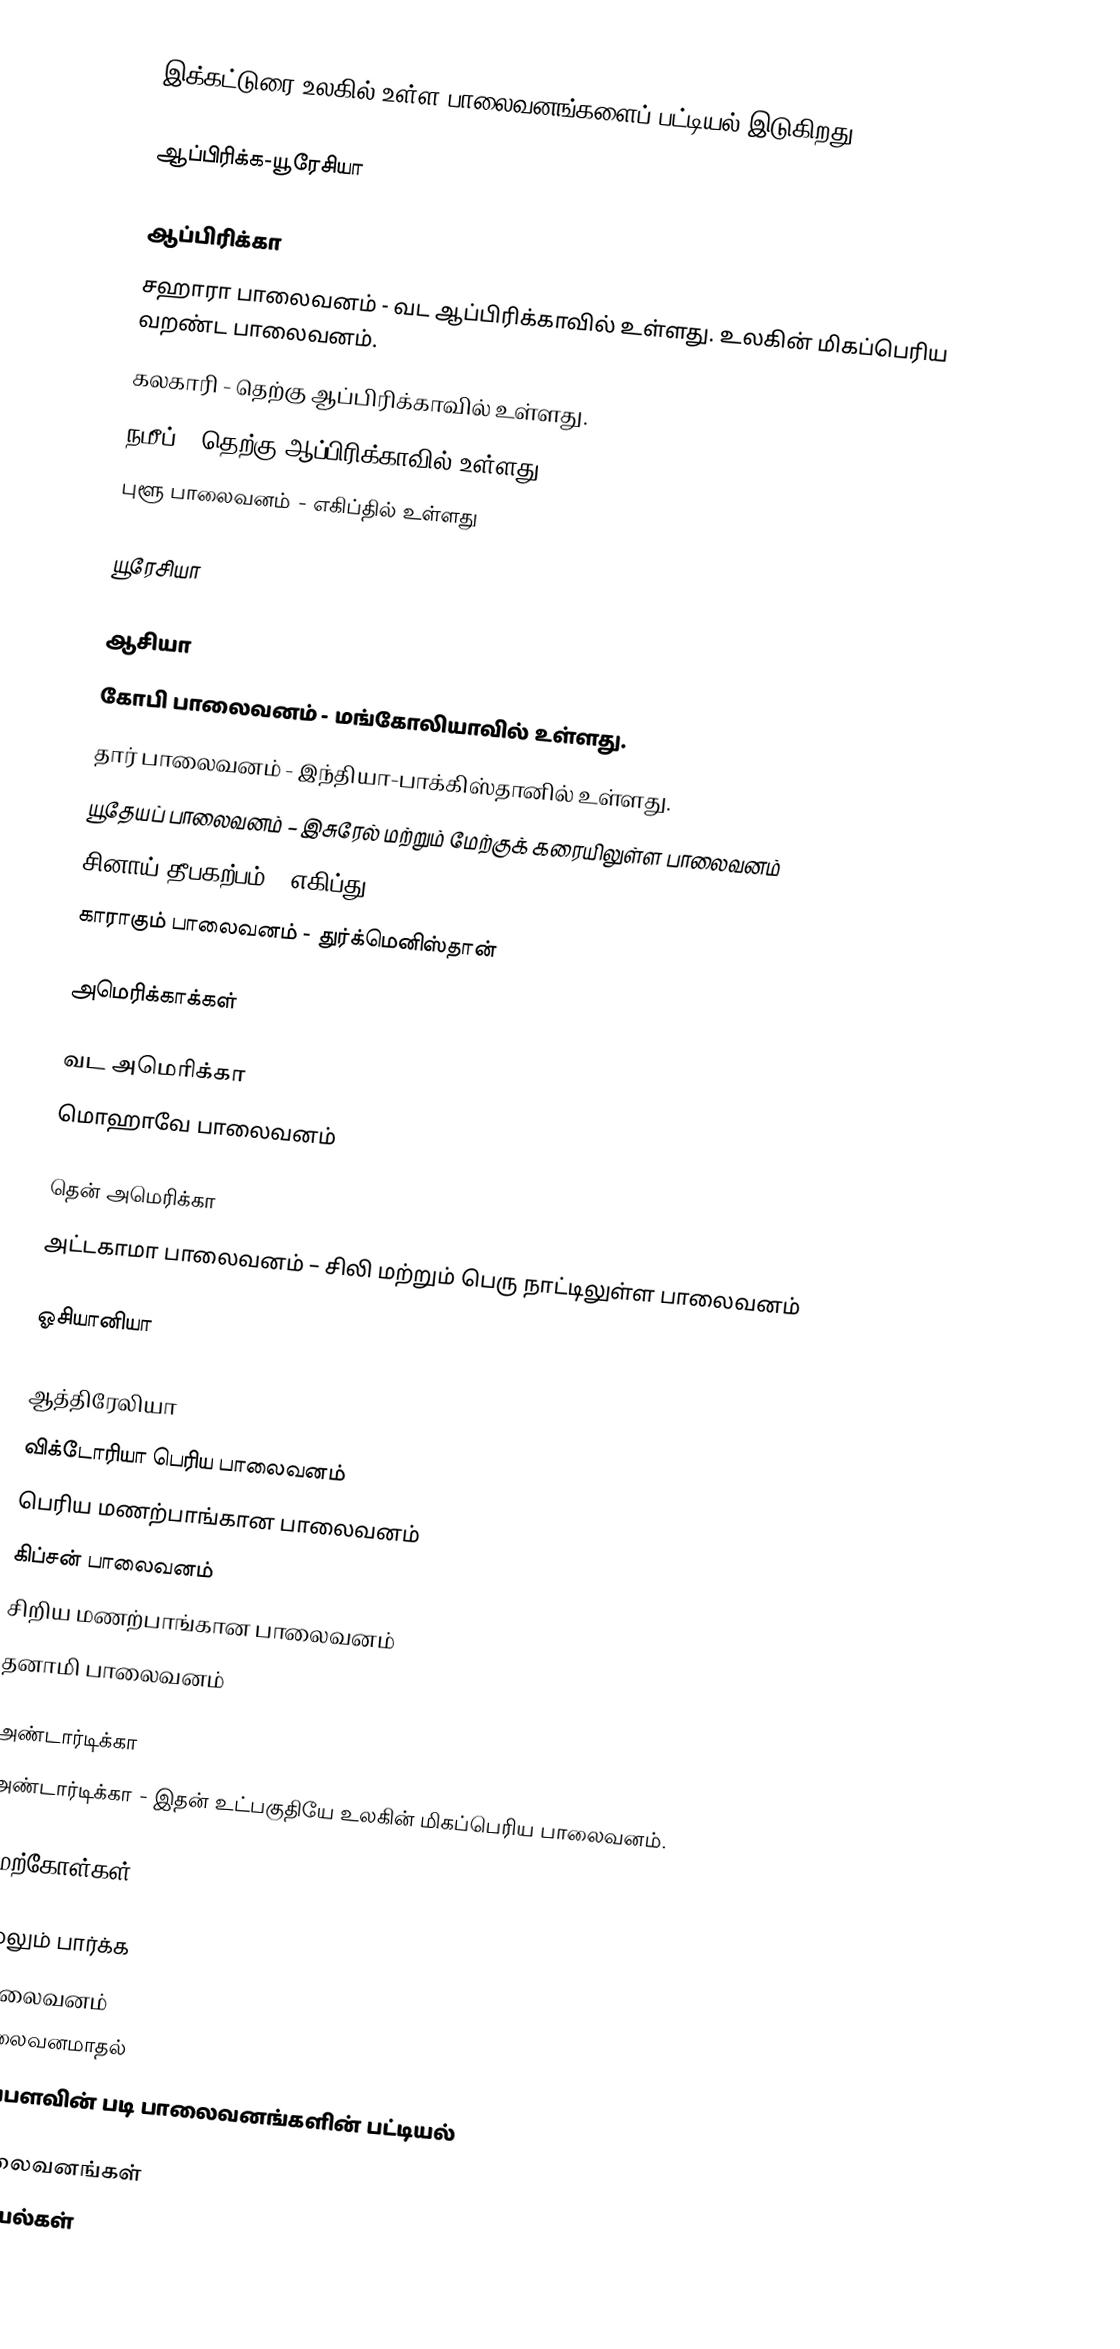
இக்கட்டுரை உலகில் உள்ள பாலைவனங்களைப் பட்டியல் இடுகிறது.

ஆப்பிரிக்க-யூரேசியா

ஆப்பிரிக்கா
 சஹாரா பாலைவனம் - வட ஆப்பிரிக்காவில் உள்ளது. உலகின் மிகப்பெரிய வறண்ட பாலைவனம்.
 கலகாரி - தெற்கு ஆப்பிரிக்காவில் உள்ளது.
 நமீப் - தெற்கு ஆப்பிரிக்காவில் உள்ளது.
 புளூ பாலைவனம் - எகிப்தில் உள்ளது

யூரேசியா

ஆசியா
 கோபி பாலைவனம் - மங்கோலியாவில் உள்ளது.
 தார் பாலைவனம் - இந்தியா-பாக்கிஸ்தானில் உள்ளது.
 யூதேயப் பாலைவனம் – இசுரேல் மற்றும் மேற்குக் கரையிலுள்ள பாலைவனம்
 சினாய் தீபகற்பம் – எகிப்து
 காராகும் பாலைவனம் - துர்க்மெனிஸ்தான்

அமெரிக்காக்கள்

வட அமெரிக்கா
 மொஹாவே பாலைவனம்

தென் அமெரிக்கா
 அட்டகாமா பாலைவனம் – சிலி மற்றும் பெரு நாட்டிலுள்ள பாலைவனம்

ஓசியானியா

ஆத்திரேலியா
 விக்டோரியா பெரிய பாலைவனம்
 பெரிய மணற்பாங்கான பாலைவனம்
 கிப்சன் பாலைவனம்
 சிறிய மணற்பாங்கான பாலைவனம்
 தனாமி பாலைவனம்

அண்டார்டிக்கா
 அண்டார்டிக்கா - இதன் உட்பகுதியே உலகின் மிகப்பெரிய பாலைவனம்.

மேற்கோள்கள்

மேலும் பார்க்க
 பாலைவனம்
 பாலைவனமாதல்
 பரப்பளவின் படி பாலைவனங்களின் பட்டியல்

பாலைவனங்கள்
பட்டியல்கள்